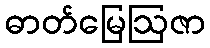
ဓာတ်မြေဩဇာ